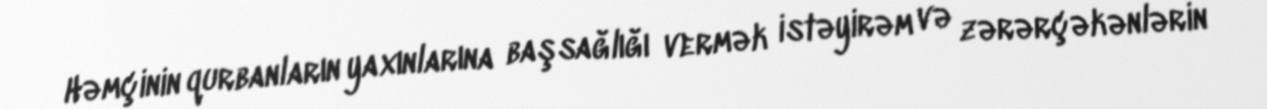
Həmçinin qurbanların yaxınlarına başsağlığı vermək istəyirəm və zərərçəkənlərin